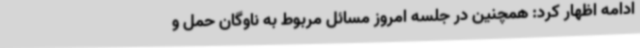
ادامه اظهار کرد: همچنین در جلسه امروز مسائل مربوط به ناوگان حمل و